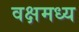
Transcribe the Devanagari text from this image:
वक्षमध्य